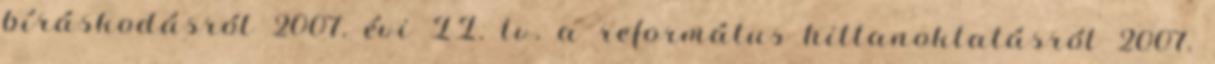
bíráskodásról 2007. évi II. tv. a református hittanoktatásról 2007.